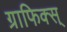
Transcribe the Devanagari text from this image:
ग्राफिक्स्